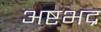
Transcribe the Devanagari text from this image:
अष्टभद्र